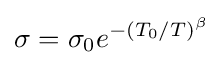
\sigma =\sigma _{0}e^{-(T_{0}/T)^{\beta }}